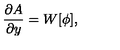
\frac { \partial A } { \partial y } = W [ \phi ] ,